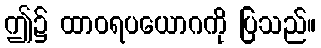
ဤ၌ ထာဝရပယောဂကို ပြသည်။